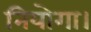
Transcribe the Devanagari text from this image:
नियोगा।